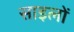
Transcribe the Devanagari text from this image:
साइलों